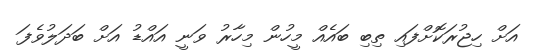
އަށް ހިޖުރަކޮށްފައި ތިބި ބައެއް މީހުން މިހާރު ވަނީ އައްޑު އަށް ބަދަލުވެފަ